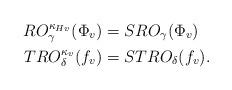
LaTeX: \begin{align*}RO^{\kappa_{Hv}}_{\gamma}(\Phi_v)&=SRO_{\gamma}(\Phi_v)\\TRO^{\kappa_v}_{\delta}(f_v)&=STRO_{\delta}(f_v).\end{align*}